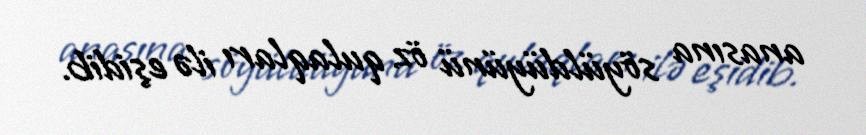
anasına söyüldüyünü öz qulaqları ilə eşidib.